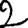
Digit: 2